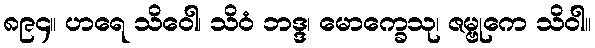
၈၉၄။ ဟရေ သိဝေါ၊ သိဝံ ဘဒ္ဒ၊ မောက္ခေသု၊ ဇမ္ဗုကေ သိဝါ။